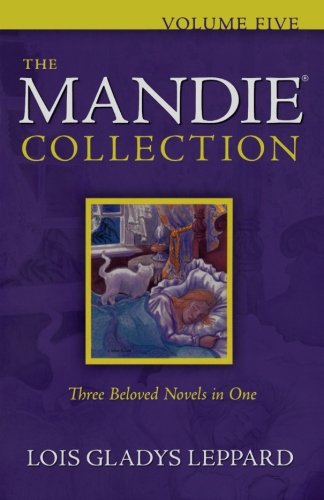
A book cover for The Mandie Collection, Vol. 5; Lois Gladys Leppard; Teen & Young Adult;